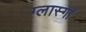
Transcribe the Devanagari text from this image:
ग्लास्गाॅ